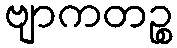
ဗျာကတဉ္စ